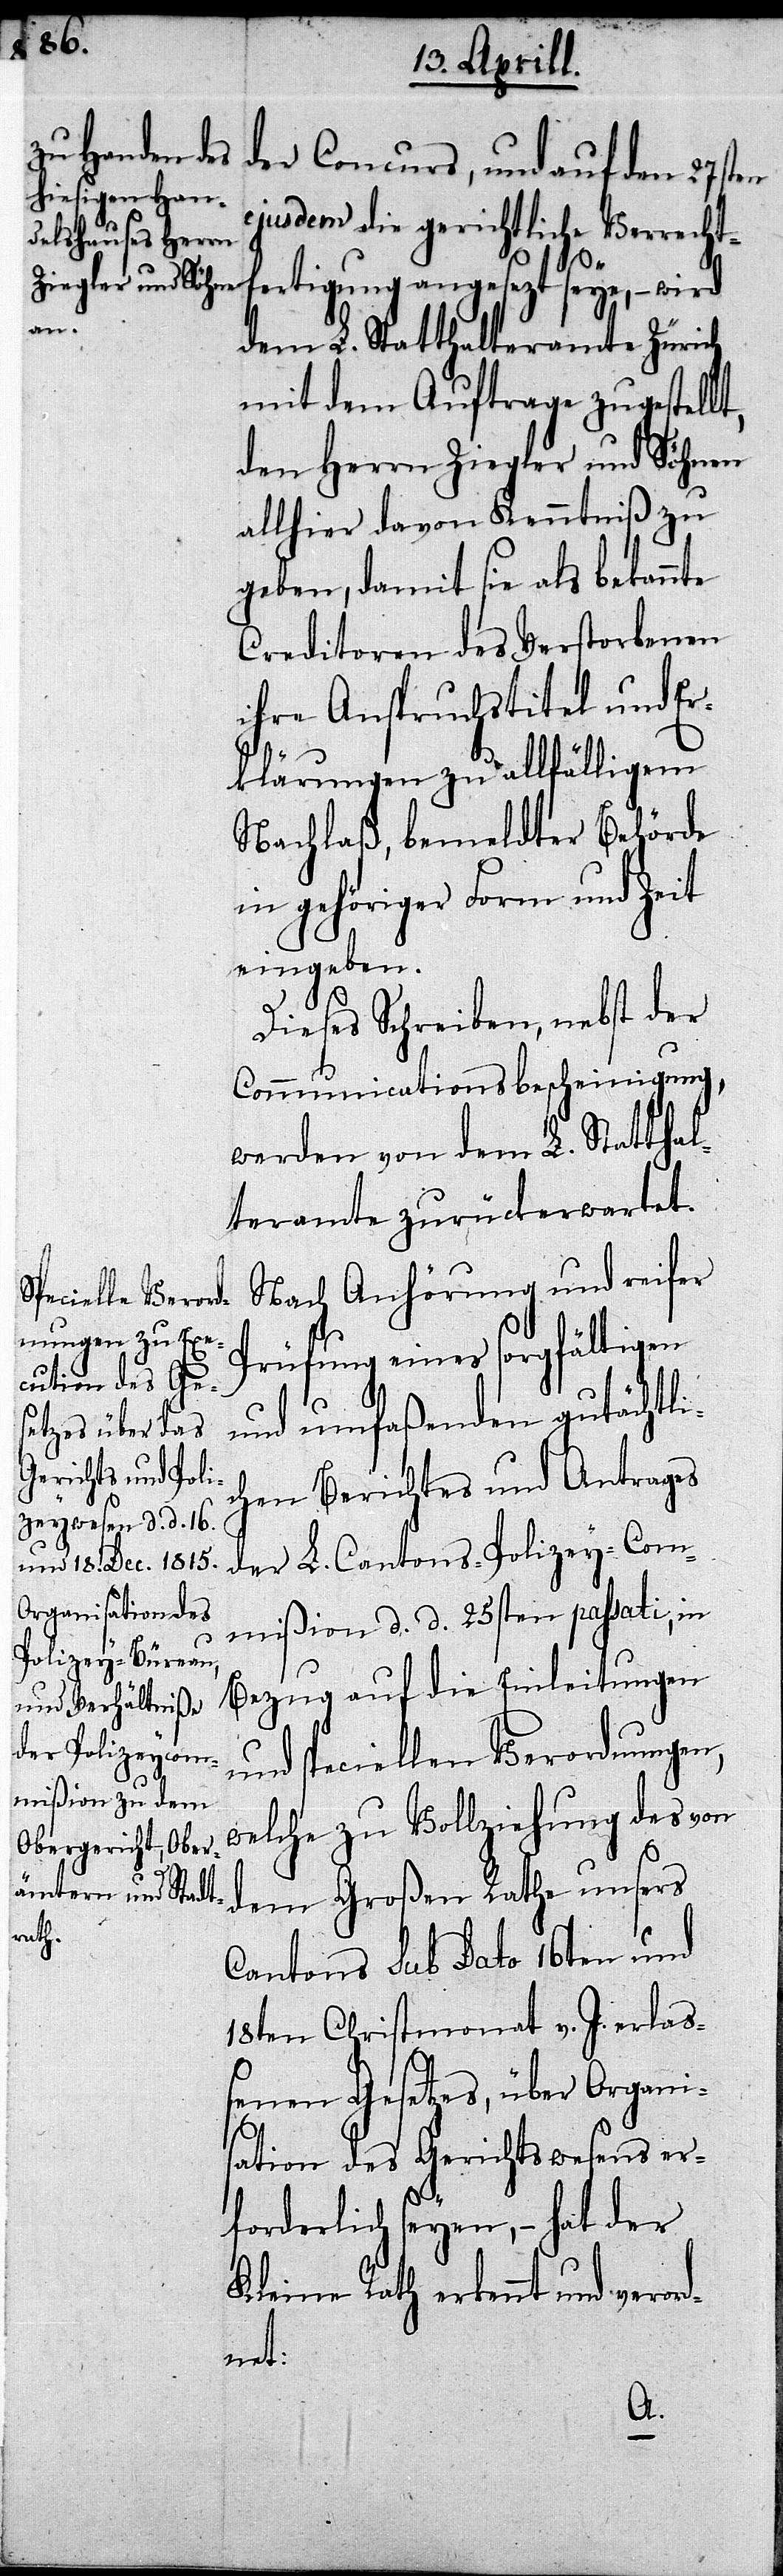
der Concurs, und auf den 27sten
ejusdem die gerichtliche Verrech¬
tigung angesezt seye,– wird
dem L. Statthalteramte Zürich
mit dem Auftrage zugestellt,
den Herrn Ziegler und Söhnen
allhier davon Kenntniß zu
geben, damit sie als bekannte
Creditoren des Verstorbenen
ihre Anspruchstitel und Er¬
klärungen zu allfälligem
Nachlaß, bemeldter Behörde
in gehöriger Form und Zeit
eingeben.
Dieses Schreiben, nebst der
Communicationsbescheinigung,
Nach Anhörung und reifer
Prüfung eines sorgfältigen
und umfaßenden gutächtli¬
chen Berichtes und Antrages
der L. Cantons-Polizey-Com¬
mißion d. d. 25sten passati, in
Bezug auf die Einleitungen
und speciellen Verordnungen,
welche zu Vollziehung des von
dem Großen Rathe unsers
Cantons sub Dato 16ten und
18ten Christmonat v. J. erlaß¬
enen Gesetzes, über Organi¬
sation des Gerichtswesens er¬
forderlich seyen,– hat der
Kleine Rath erkannt und veror¬
dnet: